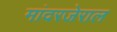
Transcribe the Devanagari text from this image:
मांदरजेराल